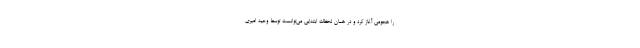
را هجومی آغاز کرد و در همان لحظات ابتدایی می‌توانست توسط وحید امیری